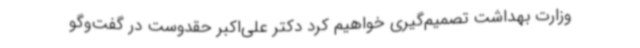
وزارت بهداشت تصمیم‌گیری خواهیم کرد دکتر علی‌اکبر حقدوست در گفت‌وگو